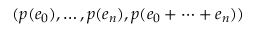
( p ( e _ { 0 } ) , \ldots , p ( e _ { n } ) , p ( e _ { 0 } + \cdots + e _ { n } ) )